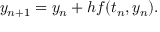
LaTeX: y _ { n + 1 } = y _ { n } + h f ( t _ { n } , y _ { n } ) . \qquad \qquad